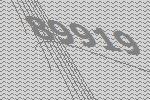
89919